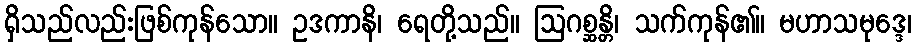
ရှိသည်လည်းဖြစ်ကုန်သော။ ဥဒကာနိ၊ ရေတို့သည်။ ဩဂစ္ဆန္တိ၊ သက်ကုန်၏။ မဟာသမုဒ္ဒေ၊